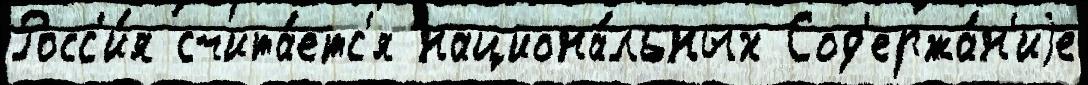
Росс'и́я счита́етс'я национа́льных Сод'ержа́н'иjе